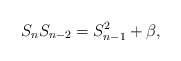
\begin{align*}S_{n}S_{n-2}=S_{n-1}^2+\beta,\end{align*}